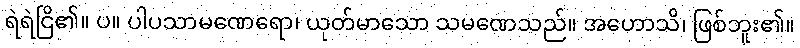
ရဲရဲငြိ၏။ ပ။ ပါပသာမဏေရော၊ ယုတ်မာသော သမဏေသည်။ အဟောသိ၊ ဖြစ်ဘူး၏။